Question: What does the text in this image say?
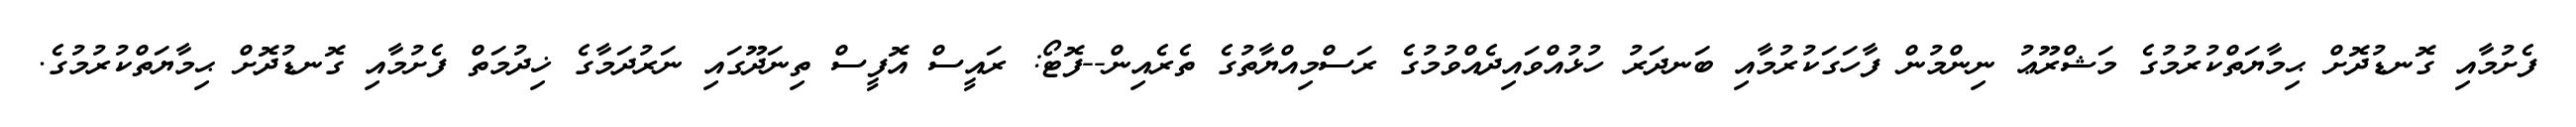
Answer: ފެށުމާއި ގޮނޑުދޮށް ޙިމާޔަތްކުރުމުގެ މަޝްރޫޢު ނިންމުން ފާހަގަކުރުމާއި ބަނދަރު ހުޅުއްވައިދެއްވުމުގެ ރަސްމިއްޔާތުގެ ތެރެއިން--ފޮޓޯ: ރައީސް އޮފީސް ތިނަދޫގައި ނަރުދަމާގެ ޚިދުމަތް ފެށުމާއި ގޮނޑުދޮށް ޙިމާޔަތްކުރުމުގެ.